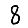
Digit: 8